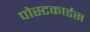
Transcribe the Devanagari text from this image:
पोस्टकार्डस